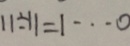
1 1 \div 1 1 = 1 \cdots 0